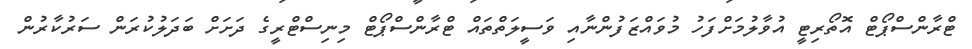
ޓްރާންސްޕޯޓް އޮތޯރިޓީ އުވާލުމަށްފަހު މުވައްޒަފުންނާއި ވަސީލަތްތައް ޓްރާންސްޕޯޓް މިނިސްޓްރީގެ ދަށަށް ބަދަލުކުރަން ސަރުކާރުން